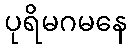
ပုရိမဂမနေ